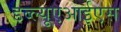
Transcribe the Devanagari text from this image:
डब्ल्यूएआईएस